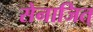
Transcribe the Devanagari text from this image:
सेनाजित्